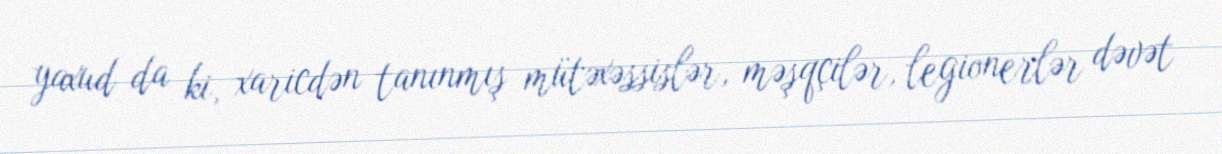
yaxud da ki, xaricdən tanınmış mütəxəssislər, məşqçilər, legionerlər dəvət